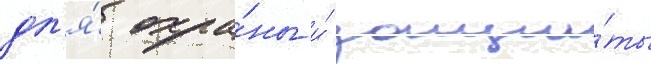
дл'я́ охра́ны и́ защи́ты